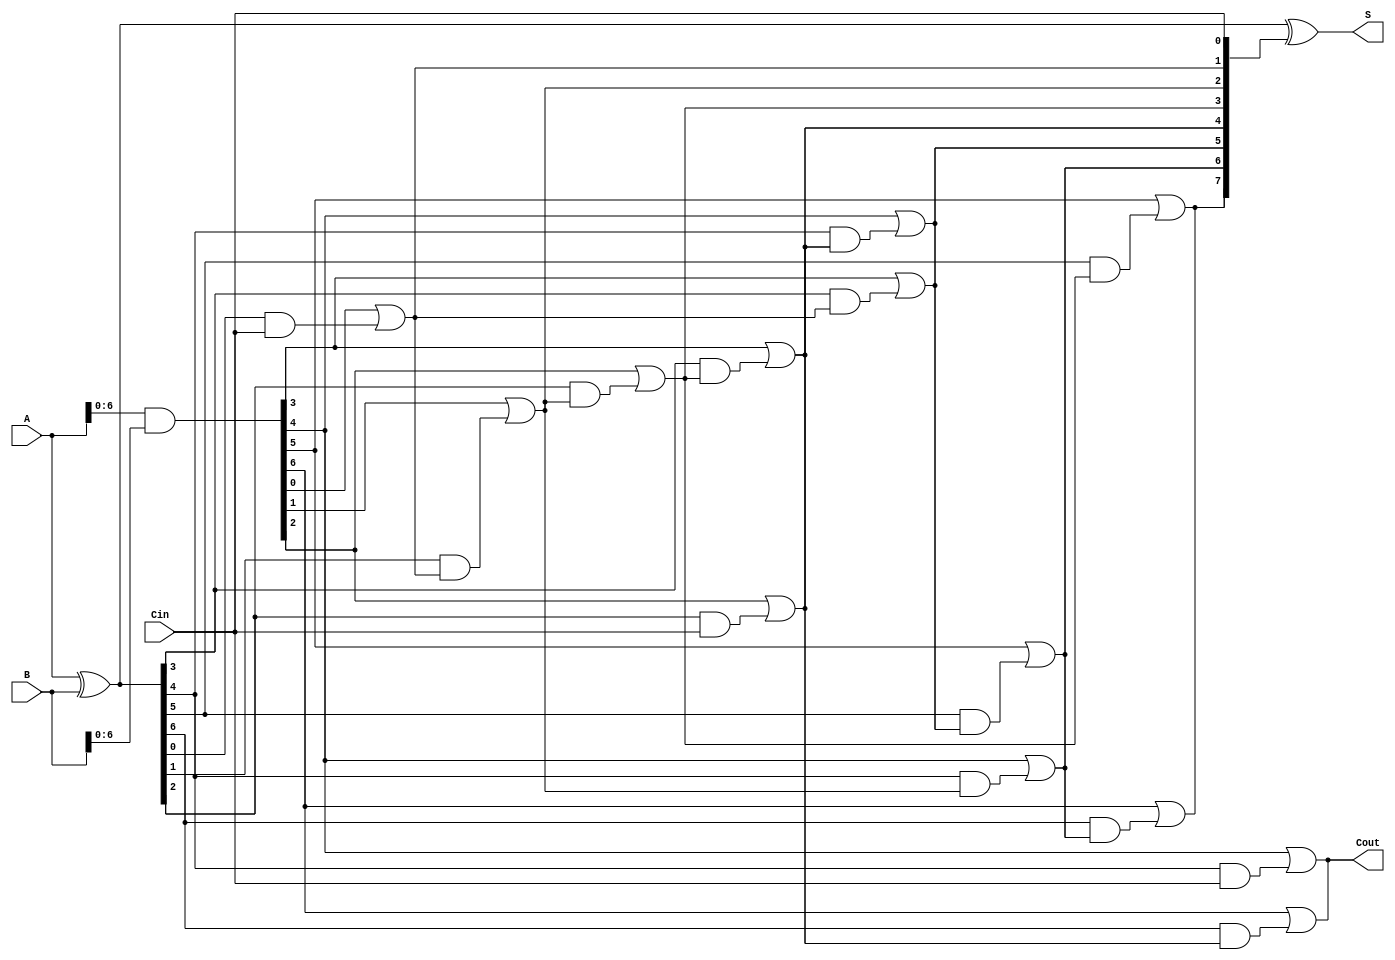
module KoggeStoneAdder #(parameter n = 8) (
    input  [n-1:0] A,    // First operand
    input  [n-1:0] B,    // Second operand
    input          Cin,   // Carry input
    output [n-1:0] S,     // Sum output
    output         Cout    // Carry output
);

    // Generate and Propagate signals
    wire [n-1:0] G; // Generate
    wire [n-1:0] P; // Propagate
    wire [n:0] C;   // Carry signals

    // Generate and Propagate calculations
    assign G = A & B;          // Generate
    assign P = A ^ B;          // Propagate
    assign C[0] = Cin;         // Initial carry input

    // Carry generation using Kogge-Stone logic
    genvar i, j;
    generate
        // Level 1
        for (i = 0; i < n-1; i = i + 1) begin: level1
            assign C[i+1] = G[i] | (P[i] & C[i]);
        end

        // Additional levels for Kogge-Stone structure
        for (j = 2; j <= $clog2(n); j = j + 1) begin: levels
            for (i = 0; i < n - (1 << j) + 1; i = i + 1) begin: carry_gen
                assign C[i + (1 << j)] = G[i + (1 << (j-1))] | (P[i + (1 << (j-1))] & C[i]);
            end
        end
    endgenerate

    // Sum calculation
    assign S = P ^ C[n-1:0]; // Sum output
    assign Cout = C[n];      // Final carry output

endmodule